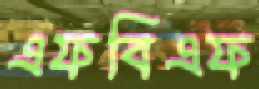
এফবিএফ